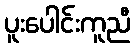
ပူးပေါင်းကူညီ